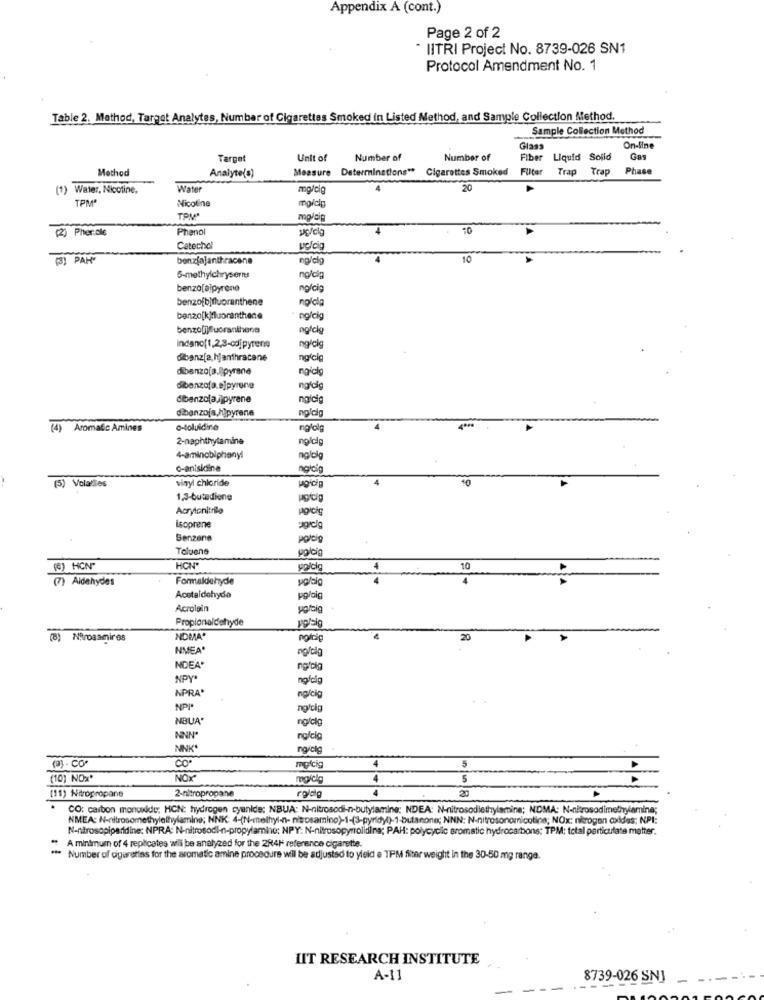
Appendix A (cont.)
Page 2 of 2
* IITRI Project No. 8739-026 SN1
Protocol Amendment No. 1
Table 2. Method, Target Analytes, Number of Cigarettes Smoked in Listed Method, and Sample Collection Method.
Sample Collection Method
Glass
On-line
Target
Unit of
Number of
Number of
Fiber
Liquid Soild
Method
Measure
Determinations"* Cigarettes Smoked Filter
Trap Trap
Phase
Analyte(s)
Water, Nicotine,
Water
mg/cig
20
TPM'
Nicoline
mg/kg
mg/dig
(2) Pher.alle
Phenol
10
Catechol
pc/cia
(3) PAH"
bonzjajanthracene
ng/clg
10
5-methylchryseries
ng/clp
benzo[a]pyrene
ng/cig
benzofbjfluoranthene
nością
benzo[k]fluoranthece
ng/ci
benzo[i]fueranthena
ng/cig
Indanof1,2,3-cd]pyrene
ng/ckg
dibenz[a,hjanthracane
nglcig
dibenzo[a.lipyrene
ngickg
dibenzofa.ejpyrone
ng/dig
dibenzola /jpyrene
dibenzofa, hipyrene
ng/cig
Aromafic Amines
o-toluidine
nglolg
2-naphthylamine
gicig
4-aminobipheny!
ng/og
c-anisidine
vinyl chloride
(5) Volatiles
1,3-butadiene
Acrytonitrilo
Isoprene
Senzane
Toluene
polig
(6) HCN"
HON
ya/cig
4
10
4
(7) Aidehydes
Formaldehyde
4
A
Acetaldehyde
po/big
Acrolain
Propionaldehyde
(8)
Nitrosamires
NDMA'
20
NMEA
ng/tig
NDEA'
ng/big
NPY*
ng/cig
NPRA*
ng/cig
NPP*
ng/clg
NBUA*
ng/clg
NNNº
nodig
NNK*
ngiclg
CO*
4
5
mofcig
(10) NOx'
NOX'
5
rglag
4
20
(11) Nitropropane
2-nitropropane
CO: carbon monoxide: HCN: hydrogen cyanide; NBUA: N-nitrosodi-n-butylamine: NDEA: N-nitrosodiethylamine; NDMA: N-nitrosodimethylamine;
NMEA: N-nitrosomethylelhylamine; NNK: 4-(N-methyl-n- nitrosamino)-1-(3-pyridy()-1-butanone; NNN: N-nitrosonomnicotina; NOx: nirogon oxides; NPI:
N-nitrosopipanidine: NPRA: N-nitrosodi-n-propylamino; NPY: N-nitrosopyrrolidina; PAH: polycyclic aromatic hydrocarbons: TPM: total particulate matter.
A minimum of 4 replicates will be analyzed for the 2841 reference cigarette.
Number of cigarettes for the aromatic amine procedure will be adjusted to yield e TPM Siter weight in the 30-50 mg ranga.
LIT RESEARCH INSTITUTE
A-11
8739-026 SNJ
---